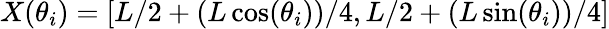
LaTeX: X(\theta_{i})=[L/2+(L\cos(\theta_{i}))/4,L/2+(L\sin(\theta_{i}))/4]